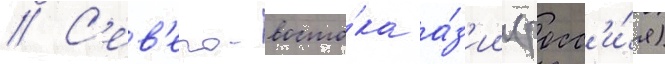
// С'ев'еро-восто́ка а́з'ии (росс'и́я)